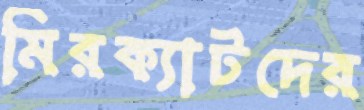
মিরক্যাটদের